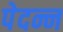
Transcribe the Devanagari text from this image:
पेदन्न